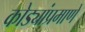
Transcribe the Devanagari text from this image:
कोड्यांप्रमाणे